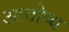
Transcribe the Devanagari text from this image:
आगोप्य